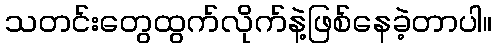
သတင်းတွေထွက်လိုက်နဲ့ဖြစ်နေခဲ့တာပါ။